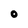
Character: O